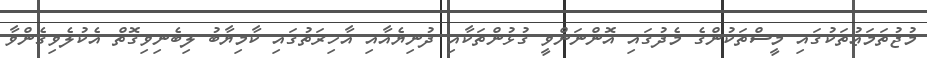
މުޖުތަމަޢުތަކުގައި މީސްތަކުންގެ މެދުގައި އޮންނަންވީ ގުޅުންތަކާއި ދުނިޔެއާއި އާޚިރަތުގައި ކާމިޔާބު ލިބެނިވިގޮތް އެކުލެވިގެންވާ